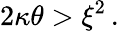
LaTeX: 2\kappa\theta>\xi^{2}\, .